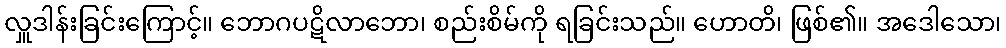
လှူဒါန်းခြင်းကြောင့်။ ဘောဂပဋိလာဘော၊ စည်းစိမ်ကို ရခြင်းသည်။ ဟောတိ၊ ဖြစ်၏။ အဒေါသော၊